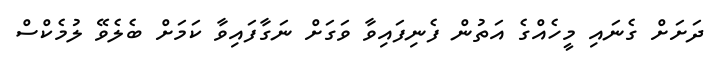
ދަށަށް ގެނައި މީހެއްގެ އަތުން ފެނިފައިވާ ވަގަށް ނަގާފައިވާ ކަމަށް ބެލެވޭ ލުމެކްސް